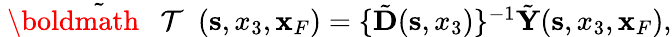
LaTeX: \begin{array}{r}{\tilde{{{\mathrm{~\boldmath~{~\cal~T~}~}}}}({\mathbf s},x_{3},{\mathbf x}_{F})=\{ \tilde{\mathbf D}({\mathbf s},x_{3})\} ^{-1}\tilde{\mathbf Y}({\mathbf s},x_{3},{\mathbf x}_{F}),}\end{array}